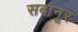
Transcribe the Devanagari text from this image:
सबानूर